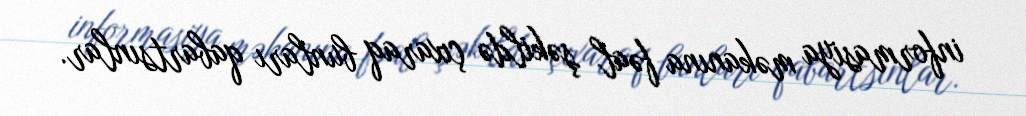
informasiya məkanına fəal şəkildə çıxaraq bunları qabartsınlar.